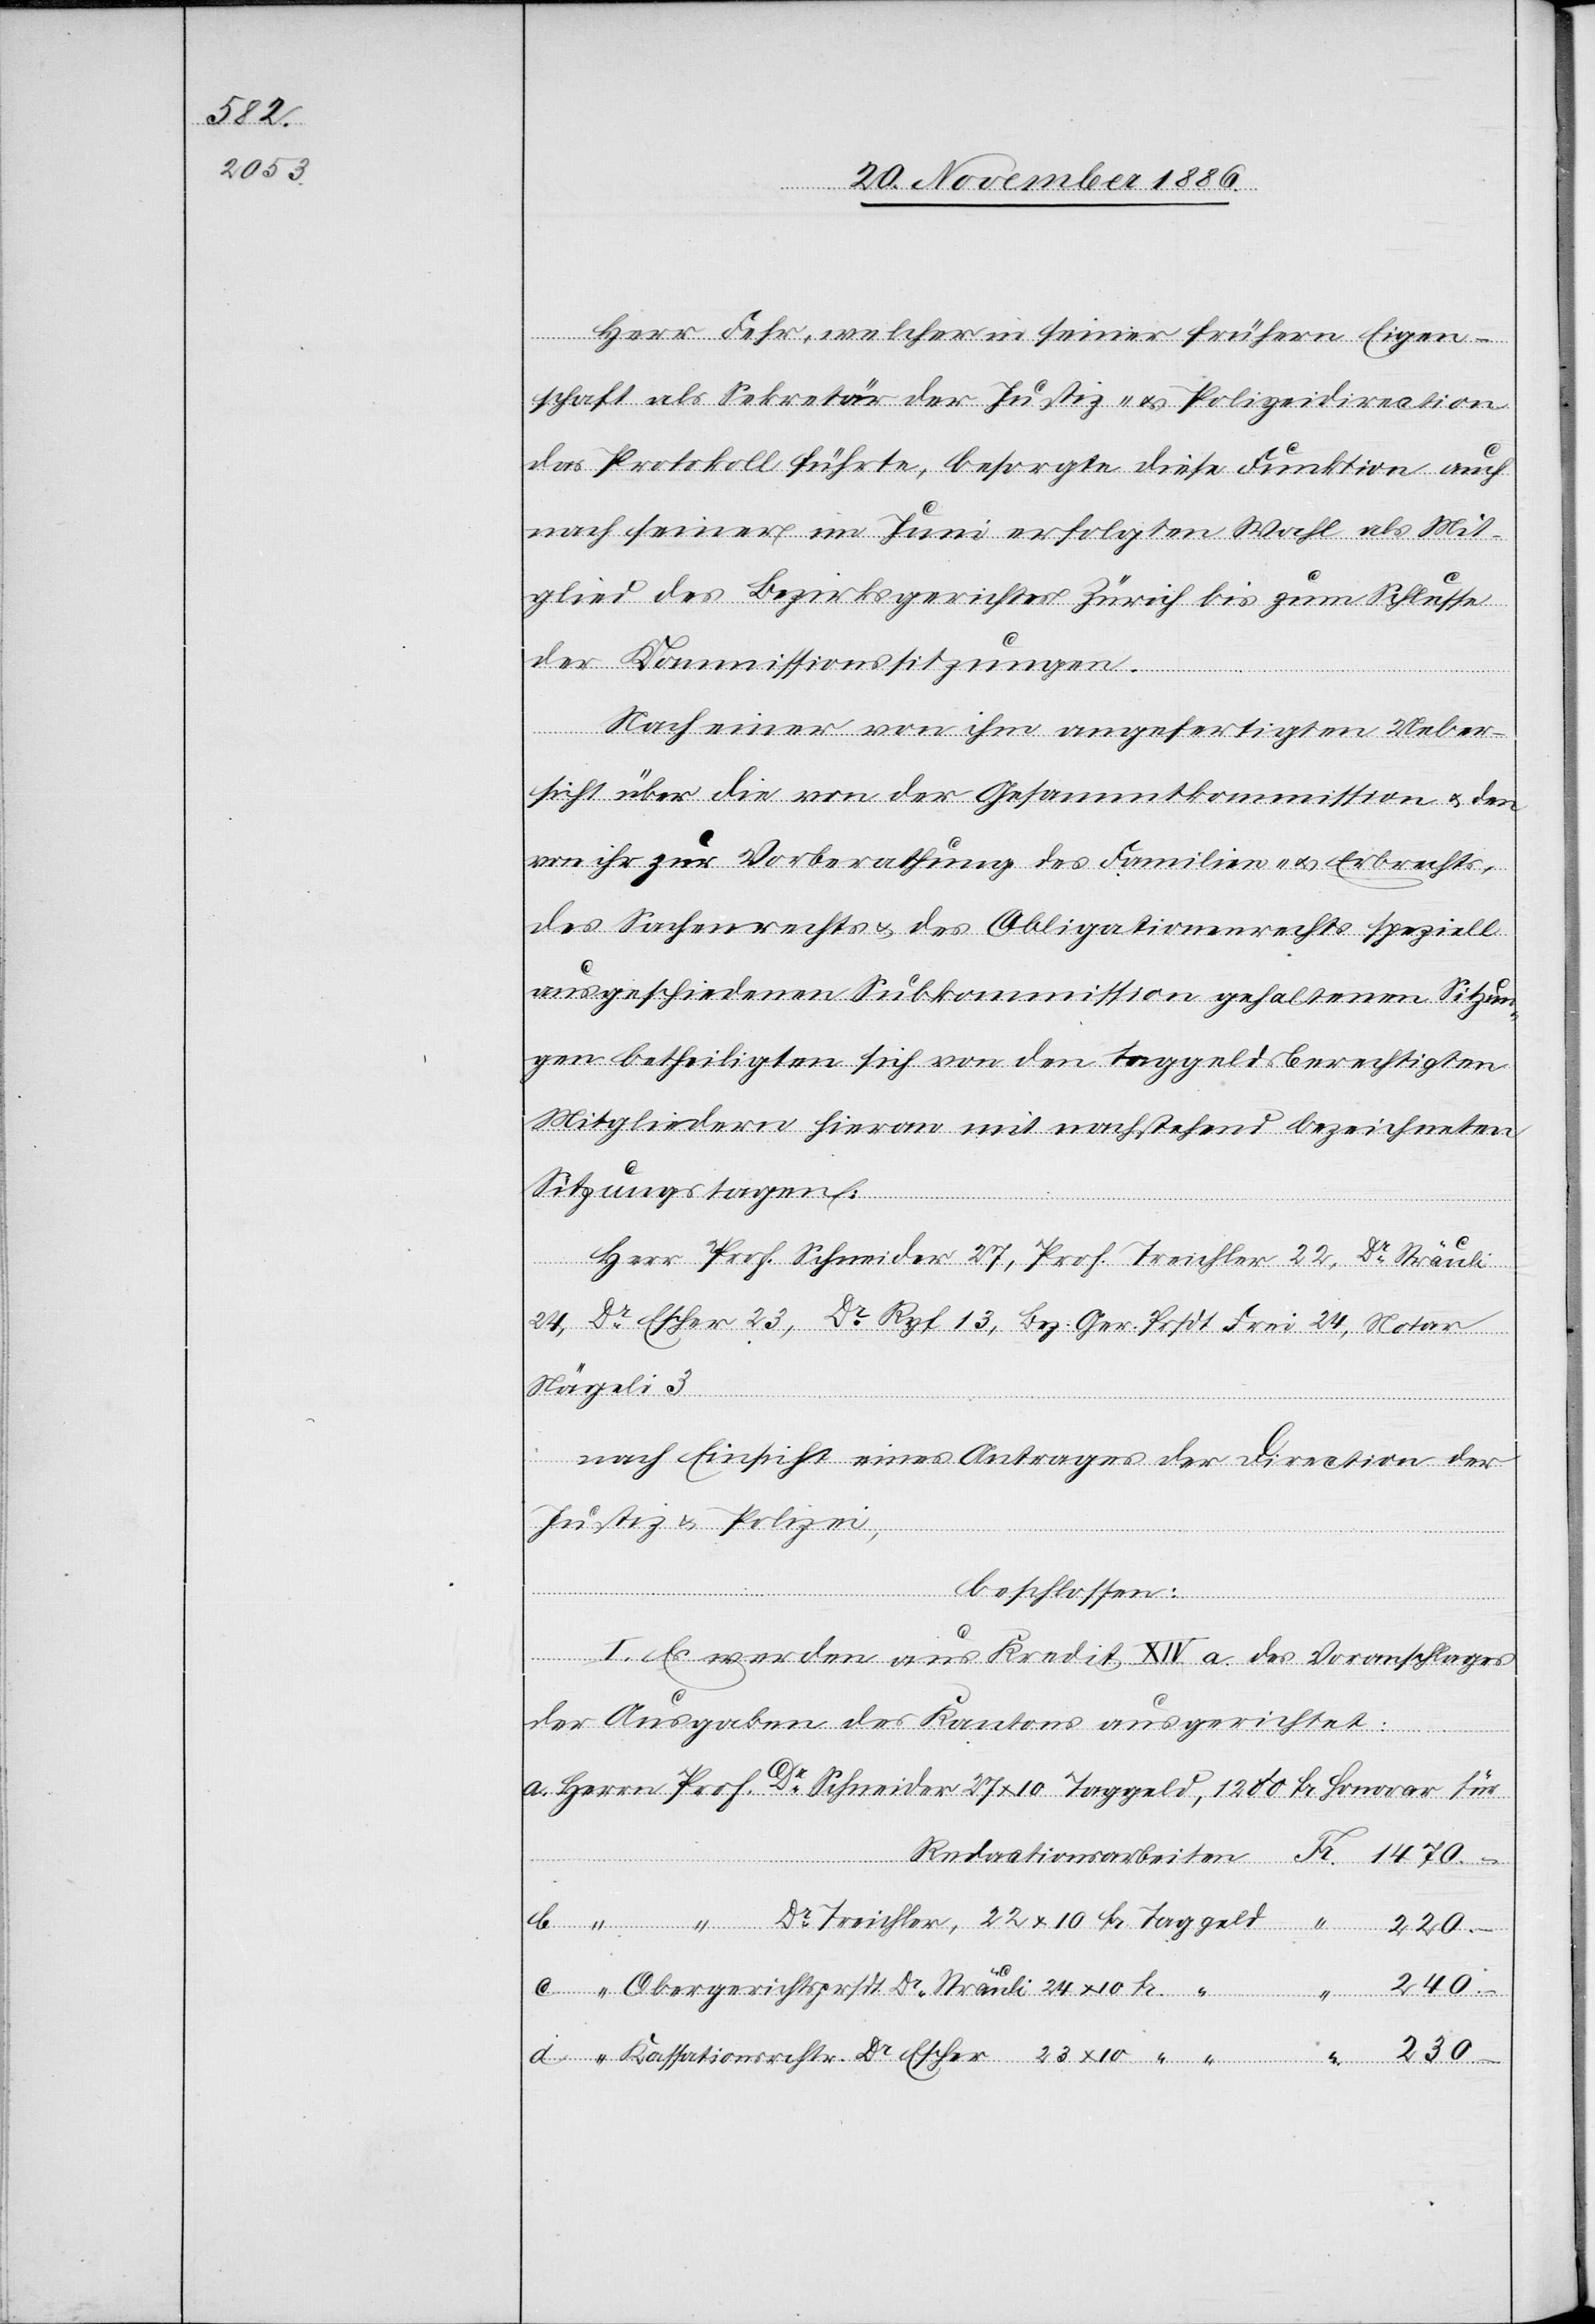
Herr Fehr, welcher in seiner frühern Eigen¬
schaft als Sekretär der Justiz- & Polizeidirection
das Protokoll führte, besorgte diese Funktion auch
nach seiner im Juni erfolgten Wahl als Mit¬
glied des Bezirksgerichtes Zürich bis zum Schlusse
der Kommissionssitzungen.
27
Nach einer von ihm angefertigten Ueber¬
sicht über die von der Gesammtkommission & den
von ihr zur Vorberathung des Familien- & Erbrechts,
des Sachenrechtes & des Obligationenrechts speziell
ausgeschiedenen Subkommission gehaltenen Sitzun¬
gen betheiligten sich von den taggeldsberechtigten
Mitgliedern hieran mit nachstehend bezeichneten
Sitzungstagen:
Taggeld
c.
Herr Prof. Schneider 27, Prof. Trechler 22, Dr Sträuli
24, Dr Escher 23, Dr Ryf 13, Bez. Ger. Prsdt. Frei 24, Notar
Nägeli 3
d.
nach Einsicht eines Antrages der Direction der
Justiz & Polizei,
a.
beschlossen:
I. Es werden aus Kredit XIV. a. des Voranschlages
der Ausgaben des Kantons ausgerichtet:
Obergerichtsprsdt. Dr Sträuli 24 x 10 Fr.
240.–
Kassationsrchtr. Dr Escher 23 x 10 “ “